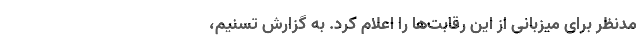
مدنظر برای میزبانى از این رقابت‌ها را اعلام کرد. به گزارش تسنیم،